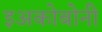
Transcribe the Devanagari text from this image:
इअकोबोनी